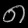
Digit: ၈